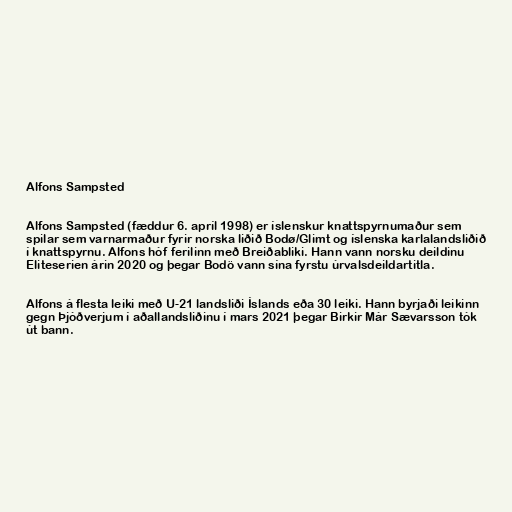
Alfons Sampsted

Alfons Sampsted (fæddur 6. apríl 1998) er íslenskur knattspyrnumaður sem
spilar sem varnarmaður fyrir norska liðið Bodø/Glimt og íslenska karlalandsliðið
í knattspyrnu. Alfons hóf ferilinn með Breiðabliki. Hann vann norsku deildinu
Eliteserien árin 2020 og þegar Bodö vann sína fyrstu úrvalsdeildartitla.

Alfons á flesta leiki með U-21 landsliði Íslands eða 30 leiki. Hann byrjaði leikinn
gegn Þjóðverjum í aðallandsliðinu í mars 2021 þegar Birkir Már Sævarsson tók
út bann.